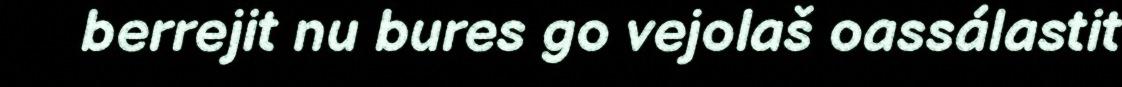
berrejit nu bures go vejolaš oassálastit